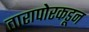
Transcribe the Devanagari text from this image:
तारापोरकडून